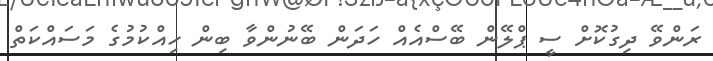
ރަންވޭ ދިގުކޮށް ސީ ޕްލޭން ބޭސްއެއް ހަދަން ބޭނުންވާ ބިން ހިއްކުމުގެ މަސައްކަތް